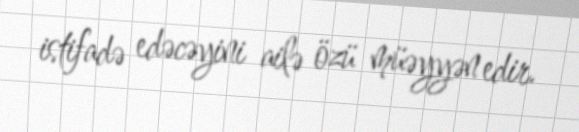
istifadə edəcəyini ailə özü müəyyən edir.